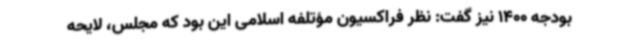
بودجه 1400 نیز گفت: نظر فراکسیون مؤتلفه اسلامی این بود که مجلس، لایحه